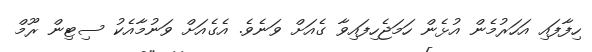
ހިފާފައި އަހަރުމެން އުޅެން ހަމަޖެހިފައިވާ ގެއަށް ވަނެވެ. އެގެއަށް ވަނުމާއެކު ސިޓިން ރޫމް